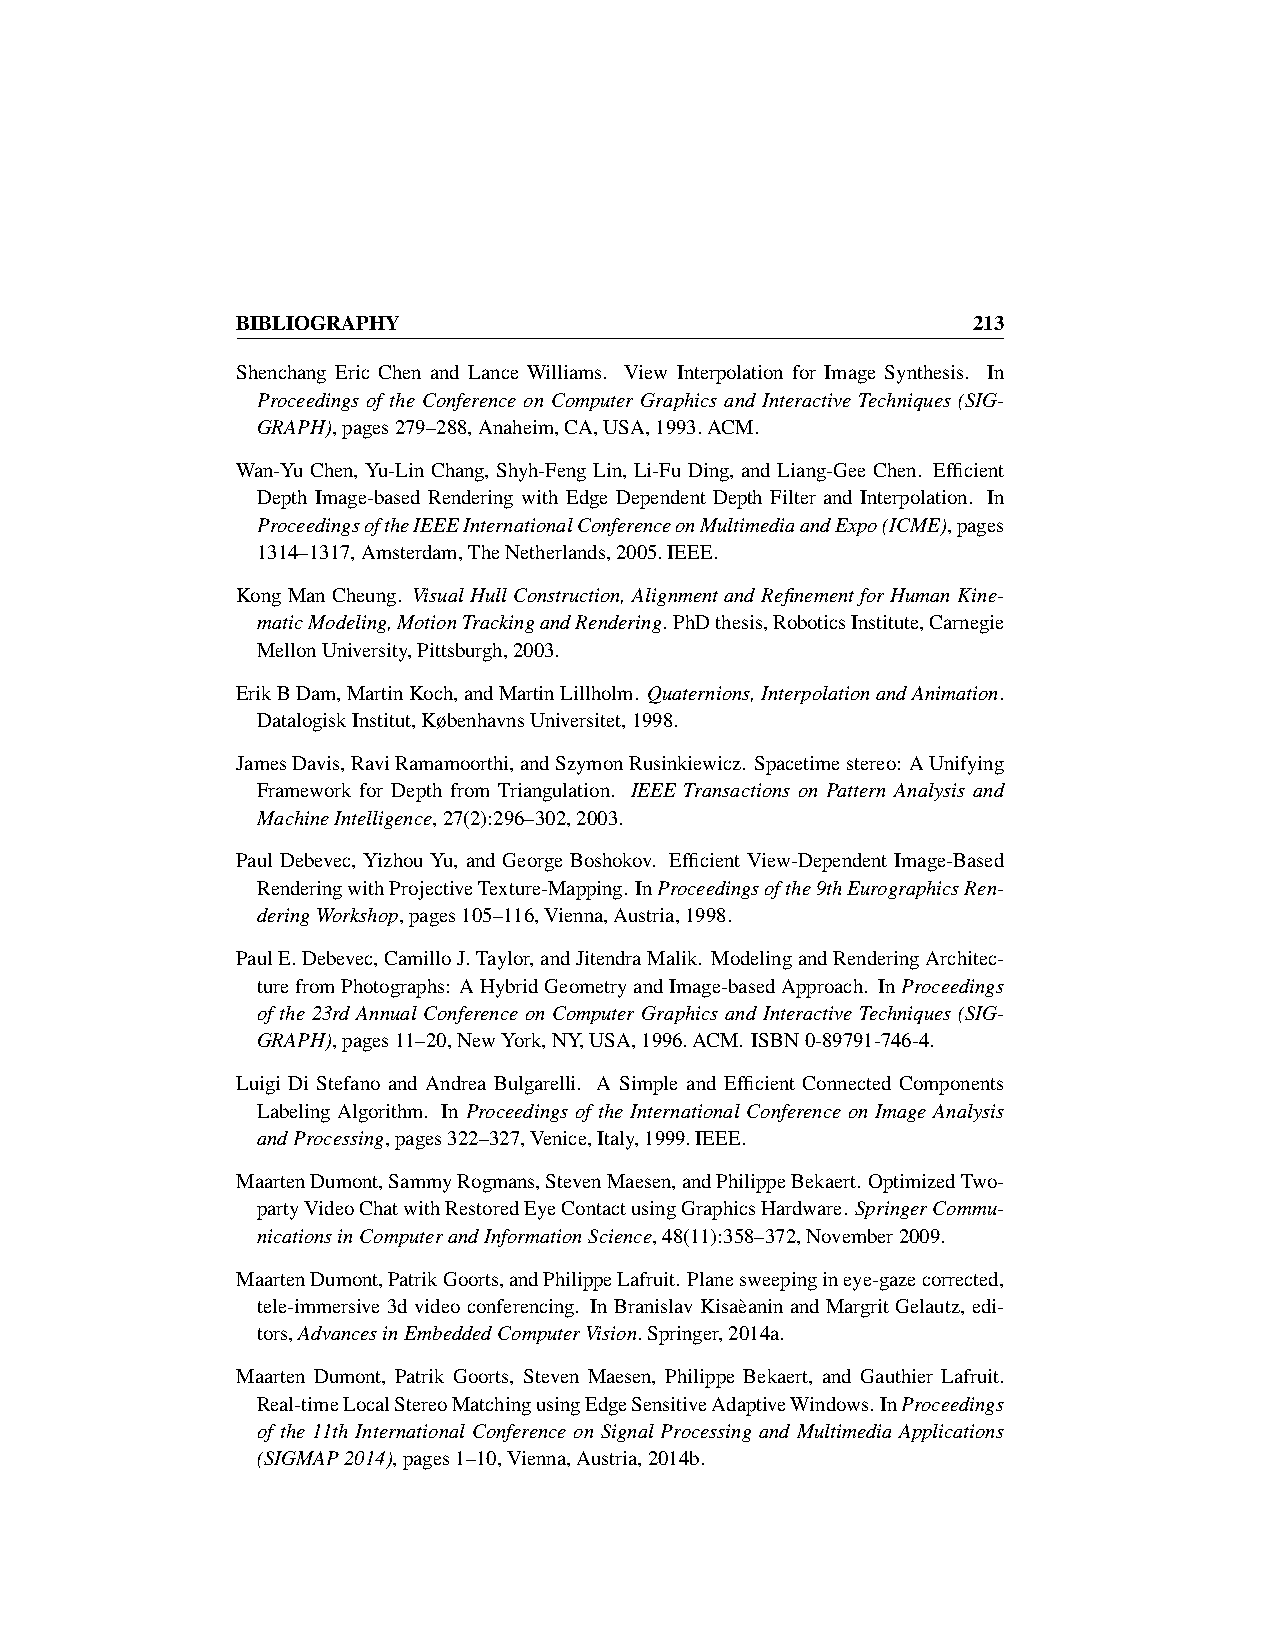
BIBLIOGRAPHY                                    213
 Shenchang Eric Chen and Lance Williams. View Interpolation for Image Synthesis. In
 Proceedings of the Conference on Computer Graphics and Interactive Techniques (SIG-
 GRAPH),pages279–288,Anaheim,CA,USA,1993.ACM.
 Wan-Yu Chen, Yu-Lin Chang, Shyh-Feng Lin, Li-Fu Ding, and Liang-Gee Chen. Efficient
 Depth Image-based Rendering with Edge Dependent Depth Filter and Interpolation. In
 ProceedingsoftheIEEEInternationalConferenceonMultimediaandExpo(ICME),pages
 1314–1317,Amsterdam,TheNetherlands,2005.IEEE.
 KongManCheung. VisualHullConstruction, AlignmentandRefinementforHumanKine-
 maticModeling,MotionTrackingandRendering. PhDthesis,RoboticsInstitute,Carnegie
 MellonUniversity,Pittsburgh,2003.
 ErikBDam,MartinKoch,andMartinLillholm. Quaternions,InterpolationandAnimation.
 DatalogiskInstitut,KøbenhavnsUniversitet,1998.
 JamesDavis,RaviRamamoorthi,andSzymonRusinkiewicz. Spacetimestereo: AUnifying
 Framework for Depth from Triangulation. IEEE Transactions on Pattern Analysis and
 MachineIntelligence,27(2):296–302,2003.
 Paul Debevec, Yizhou Yu, and George Boshokov. Efficient View-Dependent Image-Based
 RenderingwithProjectiveTexture-Mapping. InProceedingsofthe9thEurographicsRen-
 deringWorkshop,pages105–116,Vienna,Austria,1998.
 PaulE.Debevec,CamilloJ.Taylor,andJitendraMalik. ModelingandRenderingArchitec-
 turefromPhotographs: AHybridGeometryandImage-basedApproach. InProceedings
 of the 23rd Annual Conference on Computer Graphics and Interactive Techniques (SIG-
 GRAPH),pages11–20,NewYork,NY,USA,1996.ACM. ISBN0-89791-746-4.
 Luigi Di Stefano and Andrea Bulgarelli. A Simple and Efficient Connected Components
 Labeling Algorithm. In Proceedings of the International Conference on Image Analysis
 andProcessing,pages322–327,Venice,Italy,1999.IEEE.
 MaartenDumont,SammyRogmans,StevenMaesen,andPhilippeBekaert. OptimizedTwo-
 partyVideoChatwithRestoredEyeContactusingGraphicsHardware. SpringerCommu-
 nicationsinComputerandInformationScience,48(11):358–372,November2009.
 MaartenDumont,PatrikGoorts,andPhilippeLafruit. Planesweepingineye-gazecorrected,
 tele-immersive 3d video conferencing. In Branislav Kisaèanin and Margrit Gelautz, edi-
 tors,AdvancesinEmbeddedComputerVision.Springer,2014a.
 Maarten Dumont, Patrik Goorts, Steven Maesen, Philippe Bekaert, and Gauthier Lafruit.
 Real-timeLocalStereoMatchingusingEdgeSensitiveAdaptiveWindows.InProceedings
 of the 11th International Conference on Signal Processing and Multimedia Applications
 (SIGMAP2014),pages1–10,Vienna,Austria,2014b.